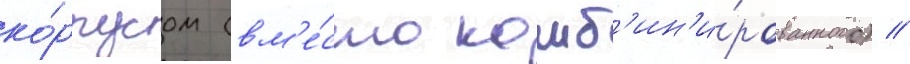
ко́рпусом (вм'е́сто комб'ин'и́рованного) //